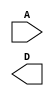
//2-to-4 Line Decoder
//4 AND gates on the output
//2x 1-to-2 Line Decoders

module decoder1to4(A, D);

input [1:0] A;
output [3:0] D;

endmodule

module decoder1to2 (
    A, D
);

input A;
output[1:0] D;

assign D[0] =  ~A;
assign D[1] = A;
    
endmodule